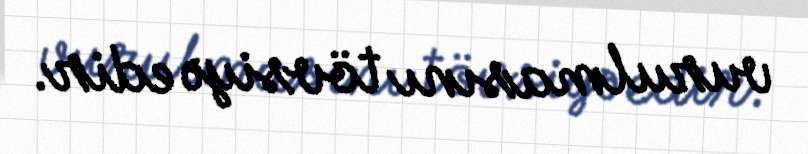
vurulmasını tövsiyə edir.